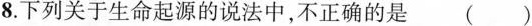
8.下列关于生命起源的说法中，不正确的是()